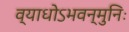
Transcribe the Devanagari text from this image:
व्याधोऽभवन्मुनिः